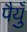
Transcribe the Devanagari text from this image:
पैयुँ